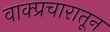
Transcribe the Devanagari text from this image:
वाक्प्रचारातून